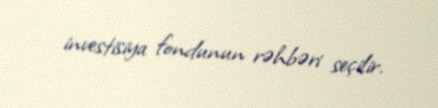
investisiya fondunun rəhbəri seçilir.